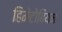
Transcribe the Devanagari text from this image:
हिमेटोबियम